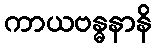
ကာယဗန္ဓနာနိ